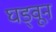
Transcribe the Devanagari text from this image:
घड्वून